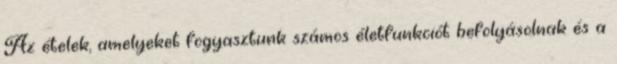
Az ételek, amelyeket fogyasztunk számos életfunkciót befolyásolnak és a